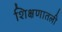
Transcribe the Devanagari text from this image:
शिक्षणातली